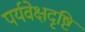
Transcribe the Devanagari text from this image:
पर्यवेक्षदृष्टि